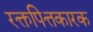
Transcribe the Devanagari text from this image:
रक्तपित्तकारक